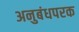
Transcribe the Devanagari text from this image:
अनुबंधपरक